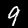
Digit: 9